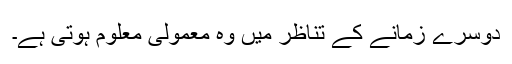
دوسرے زمانے کے تناظر میں وہ معمولی معلوم ہوتی ہے۔